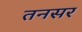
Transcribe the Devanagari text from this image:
तनसर